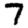
Digit: 7